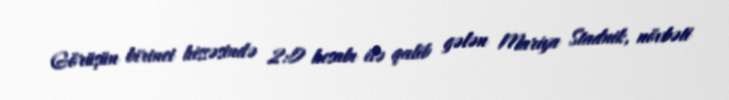
Görüşün birinci hissəsində 2:0 hesabı ilə qalib gələn Mariya Stadnik, növbəti